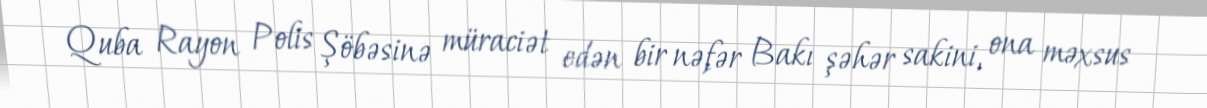
Quba Rayon Polis Şöbəsinə müraciət edən bir nəfər Bakı şəhər sakini, ona məxsus